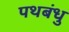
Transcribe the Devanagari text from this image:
पथबंधु